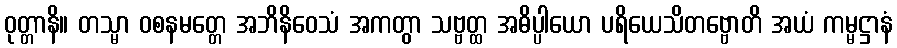
ဝုတ္တာနိ။ တသ္မာ ဝစနမတ္တေ အဘိနိဝေသံ အကတွာ သဗ္ဗတ္ထ အဓိပ္ပါယော ပရိယေသိတဗ္ဗောတိ အယံ ကမ္မဋ္ဌာနံ